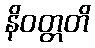
နိဝတ္တတိ